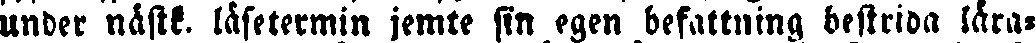
under nästk. läsetermin jemte sin egen befattning bestrida lära-